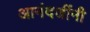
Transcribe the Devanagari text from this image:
आनंदजींनी